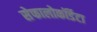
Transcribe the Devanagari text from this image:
सेफालोकॉर्डेटा